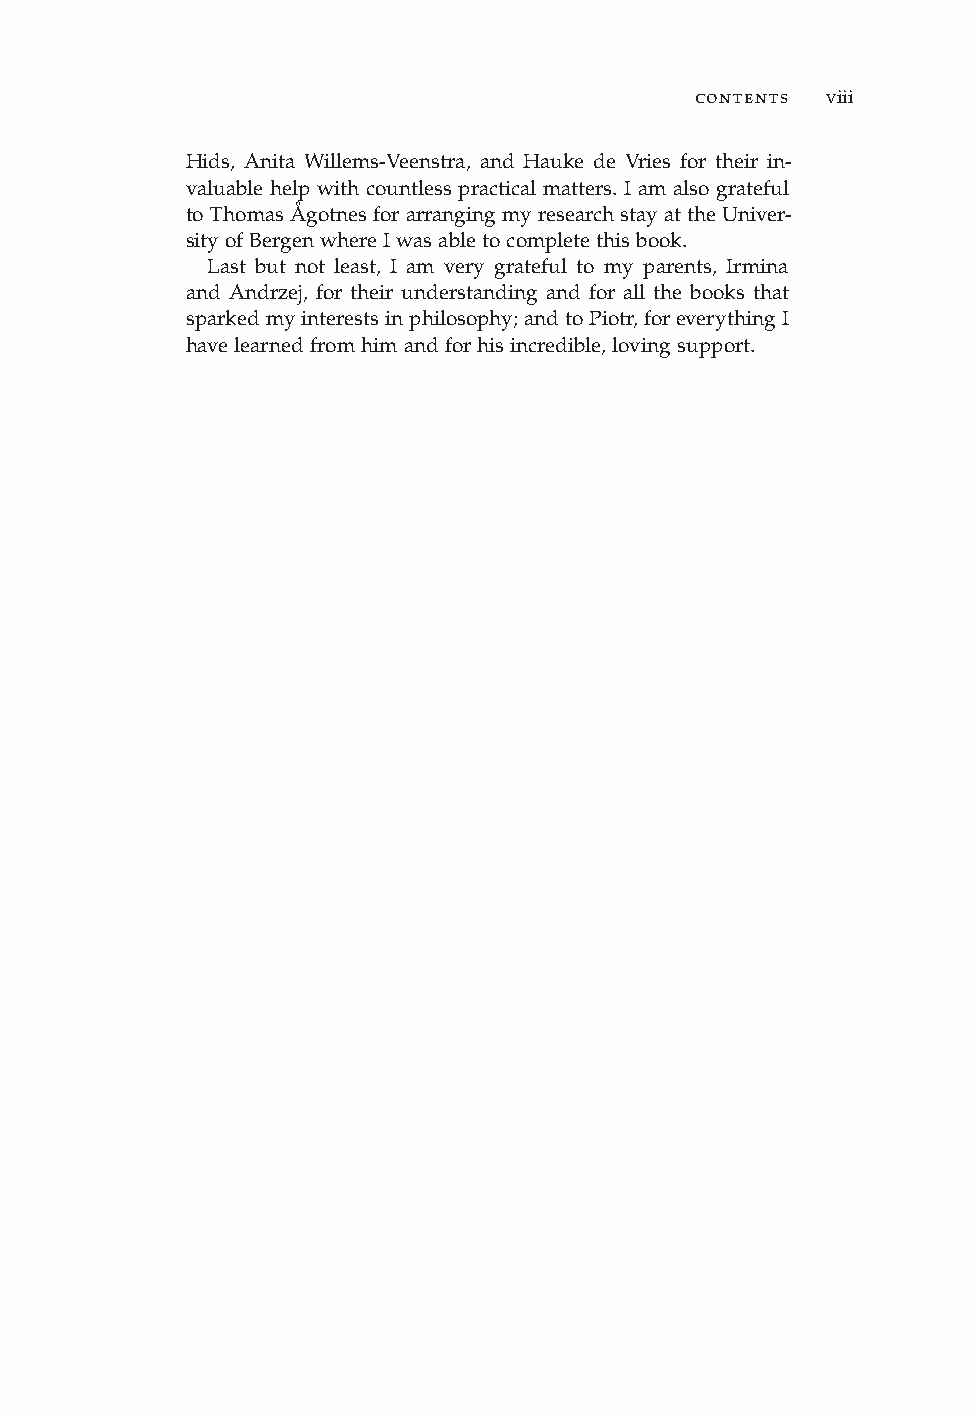
contents viii
 Hids, Anita Willems-Veenstra, and Hauke de Vries for their in-
 valuable help with countless practical matters. I am also grateful
 toThomasÅgotnesforarrangingmyresearchstayattheUniver-
 sityofBergenwhereIwasabletocompletethisbook.
 Last but not least, I am very grateful to my parents, Irmina
 and Andrzej, for their understanding and for all the books that
 sparkedmyinterestsinphilosophy;andtoPiotr,foreverythingI
 havelearnedfromhimandforhisincredible,lovingsupport.